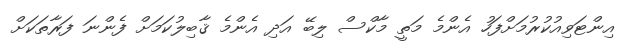
އިންޓަވިއުކުރުމަށްފަހު އެންމެ މަތީ މާކްސް ލިބޭ އަދި އެންމެ ޤާބިލުކަމަށް ފެންނަ ފަރާތަކަށް